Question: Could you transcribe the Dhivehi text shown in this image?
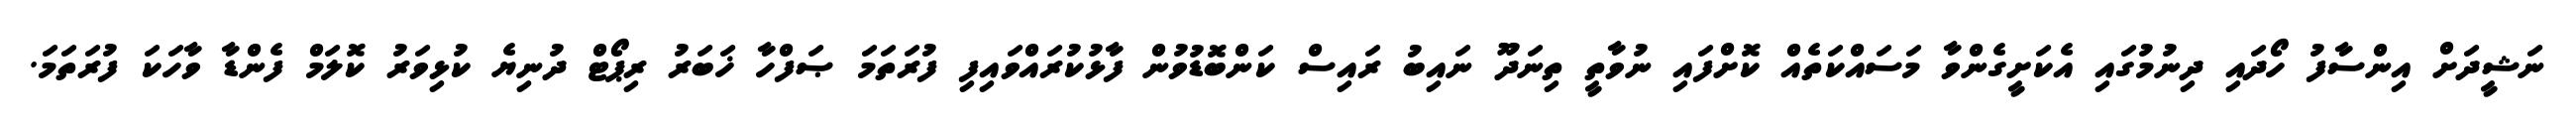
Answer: ނަޝީދަށް އިންސާފު ހޯދައި ދިނުމުގައި އެކަށީގެންވާ މަސައްކަތެއް ކޮށްފައި ނުވާތީ ތިނަދޫ ނައިބު ރައިސް ކަންބޮޑުވުން ފާޅުކުރައްވައިފި ފުރަތަމަ ޞަފްހާ ޚަބަރު ރިޕޯޓް ދުނިޔެ ކުޅިވަރު ކޮލަމް ފެންޑާ ވާހަކަ ފުރަތަމަ.